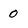
Character: 0